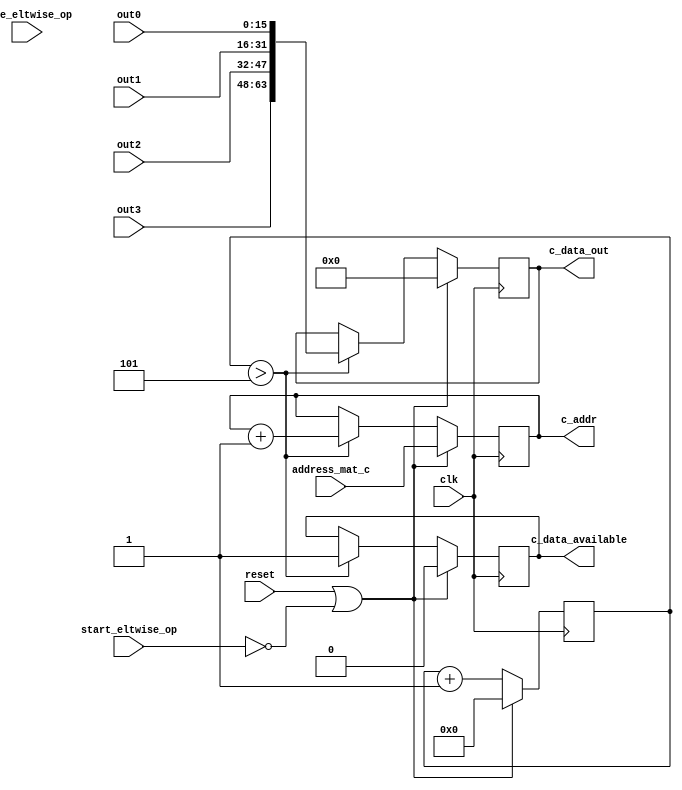
`define BFLOAT16 
`define VCS
`define EXPONENT 8
`define MANTISSA 7
`define EXPONENT 5
`define MANTISSA 10
`define SIGN 1
`define DWIDTH (`SIGN+`EXPONENT+`MANTISSA)
`define AWIDTH 10
`define MEM_SIZE 1024
`define DESIGN_SIZE 12
`define CU_SIZE 4
`define MASK_WIDTH 4
`define MEM_ACCESS_LATENCY 1
`define REG_DATAWIDTH 32
`define REG_ADDRWIDTH 8
`define ITERATIONS_WIDTH 32
`define REG_STDN_ADDR 32'h4
`define REG_MATRIX_A_ADDR 32'he
`define REG_MATRIX_B_ADDR 32'h12
`define REG_MATRIX_C_ADDR 32'h16
`define REG_VALID_MASK_A_ADDR 32'h20
`define REG_VALID_MASK_B_ADDR 32'h5c
`define REG_ITERATIONS_ADDR 32'h40
`define PE_PIPELINE_DEPTH 5
`define IDLE     2'b00
`define W_ENABLE  2'b01
`define R_ENABLE  2'b10

module output_logic(
clk,
reset,
start_eltwise_op,
done_eltwise_op,
address_mat_c,
c_data_out, 
c_addr,
c_data_available,
out0,
out1,
out2,
out3
);

input clk;
input reset;
input start_eltwise_op;
input done_eltwise_op;
input [`AWIDTH-1:0] address_mat_c;
output [`CU_SIZE*`DWIDTH-1:0] c_data_out;
output [`AWIDTH-1:0] c_addr;
output c_data_available;
input [`DWIDTH-1:0] out0;
input [`DWIDTH-1:0] out1;
input [`DWIDTH-1:0] out2;
input [`DWIDTH-1:0] out3;

reg c_data_available;
reg [`CU_SIZE*`DWIDTH-1:0] c_data_out;

//////////////////////////////////////////////////////////////////////////
// Logic to capture matrix C data from the PEs and send to RAM
//////////////////////////////////////////////////////////////////////////

reg [`AWIDTH-1:0] c_addr;
reg [7:0] cnt;

always @(posedge clk) begin
  if (reset | ~start_eltwise_op) begin
    c_data_available <= 1'b0;
    c_addr <= address_mat_c;
    c_data_out <= 0;
    cnt <= 0;
  end
  else if (cnt>`PE_PIPELINE_DEPTH) begin
    c_data_available <= 1'b1;
    c_addr <= c_addr+1;
    c_data_out <= {out3, out2, out1, out0};
    cnt <= cnt + 1;
  end else begin
    cnt <= cnt + 1;
  end 
end

endmodule